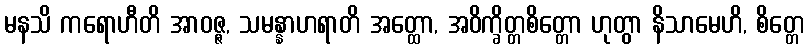
မနသိ ကရောဟီတိ အာဝဇ္ဇ, သမန္နာဟရာတိ အတ္ထော, အဝိက္ခိတ္တစိတ္တော ဟုတွာ နိသာမေဟိ, စိတ္တေ